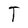
Character: T